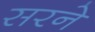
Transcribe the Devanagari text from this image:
सरने